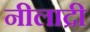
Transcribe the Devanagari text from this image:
नीलाद्री